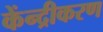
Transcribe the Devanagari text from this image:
केंन्द्रीकरण